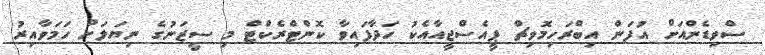
ސްވިޑެންއަށް އުފަން އިބްރަހިމޮވިޗް ޕީއެސްޖީއާއެކު ހަދާފައިވާ ކޮންޓްރެކްޓް މި ސީޒަނުގެ ނިޔަލަށް ހަމަވާއިރު